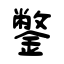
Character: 鐅